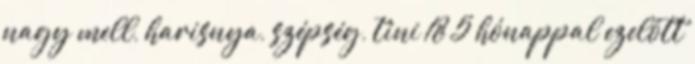
nagy mell, harisnya, szépség, tini 18 5 hónappal ezelőtt